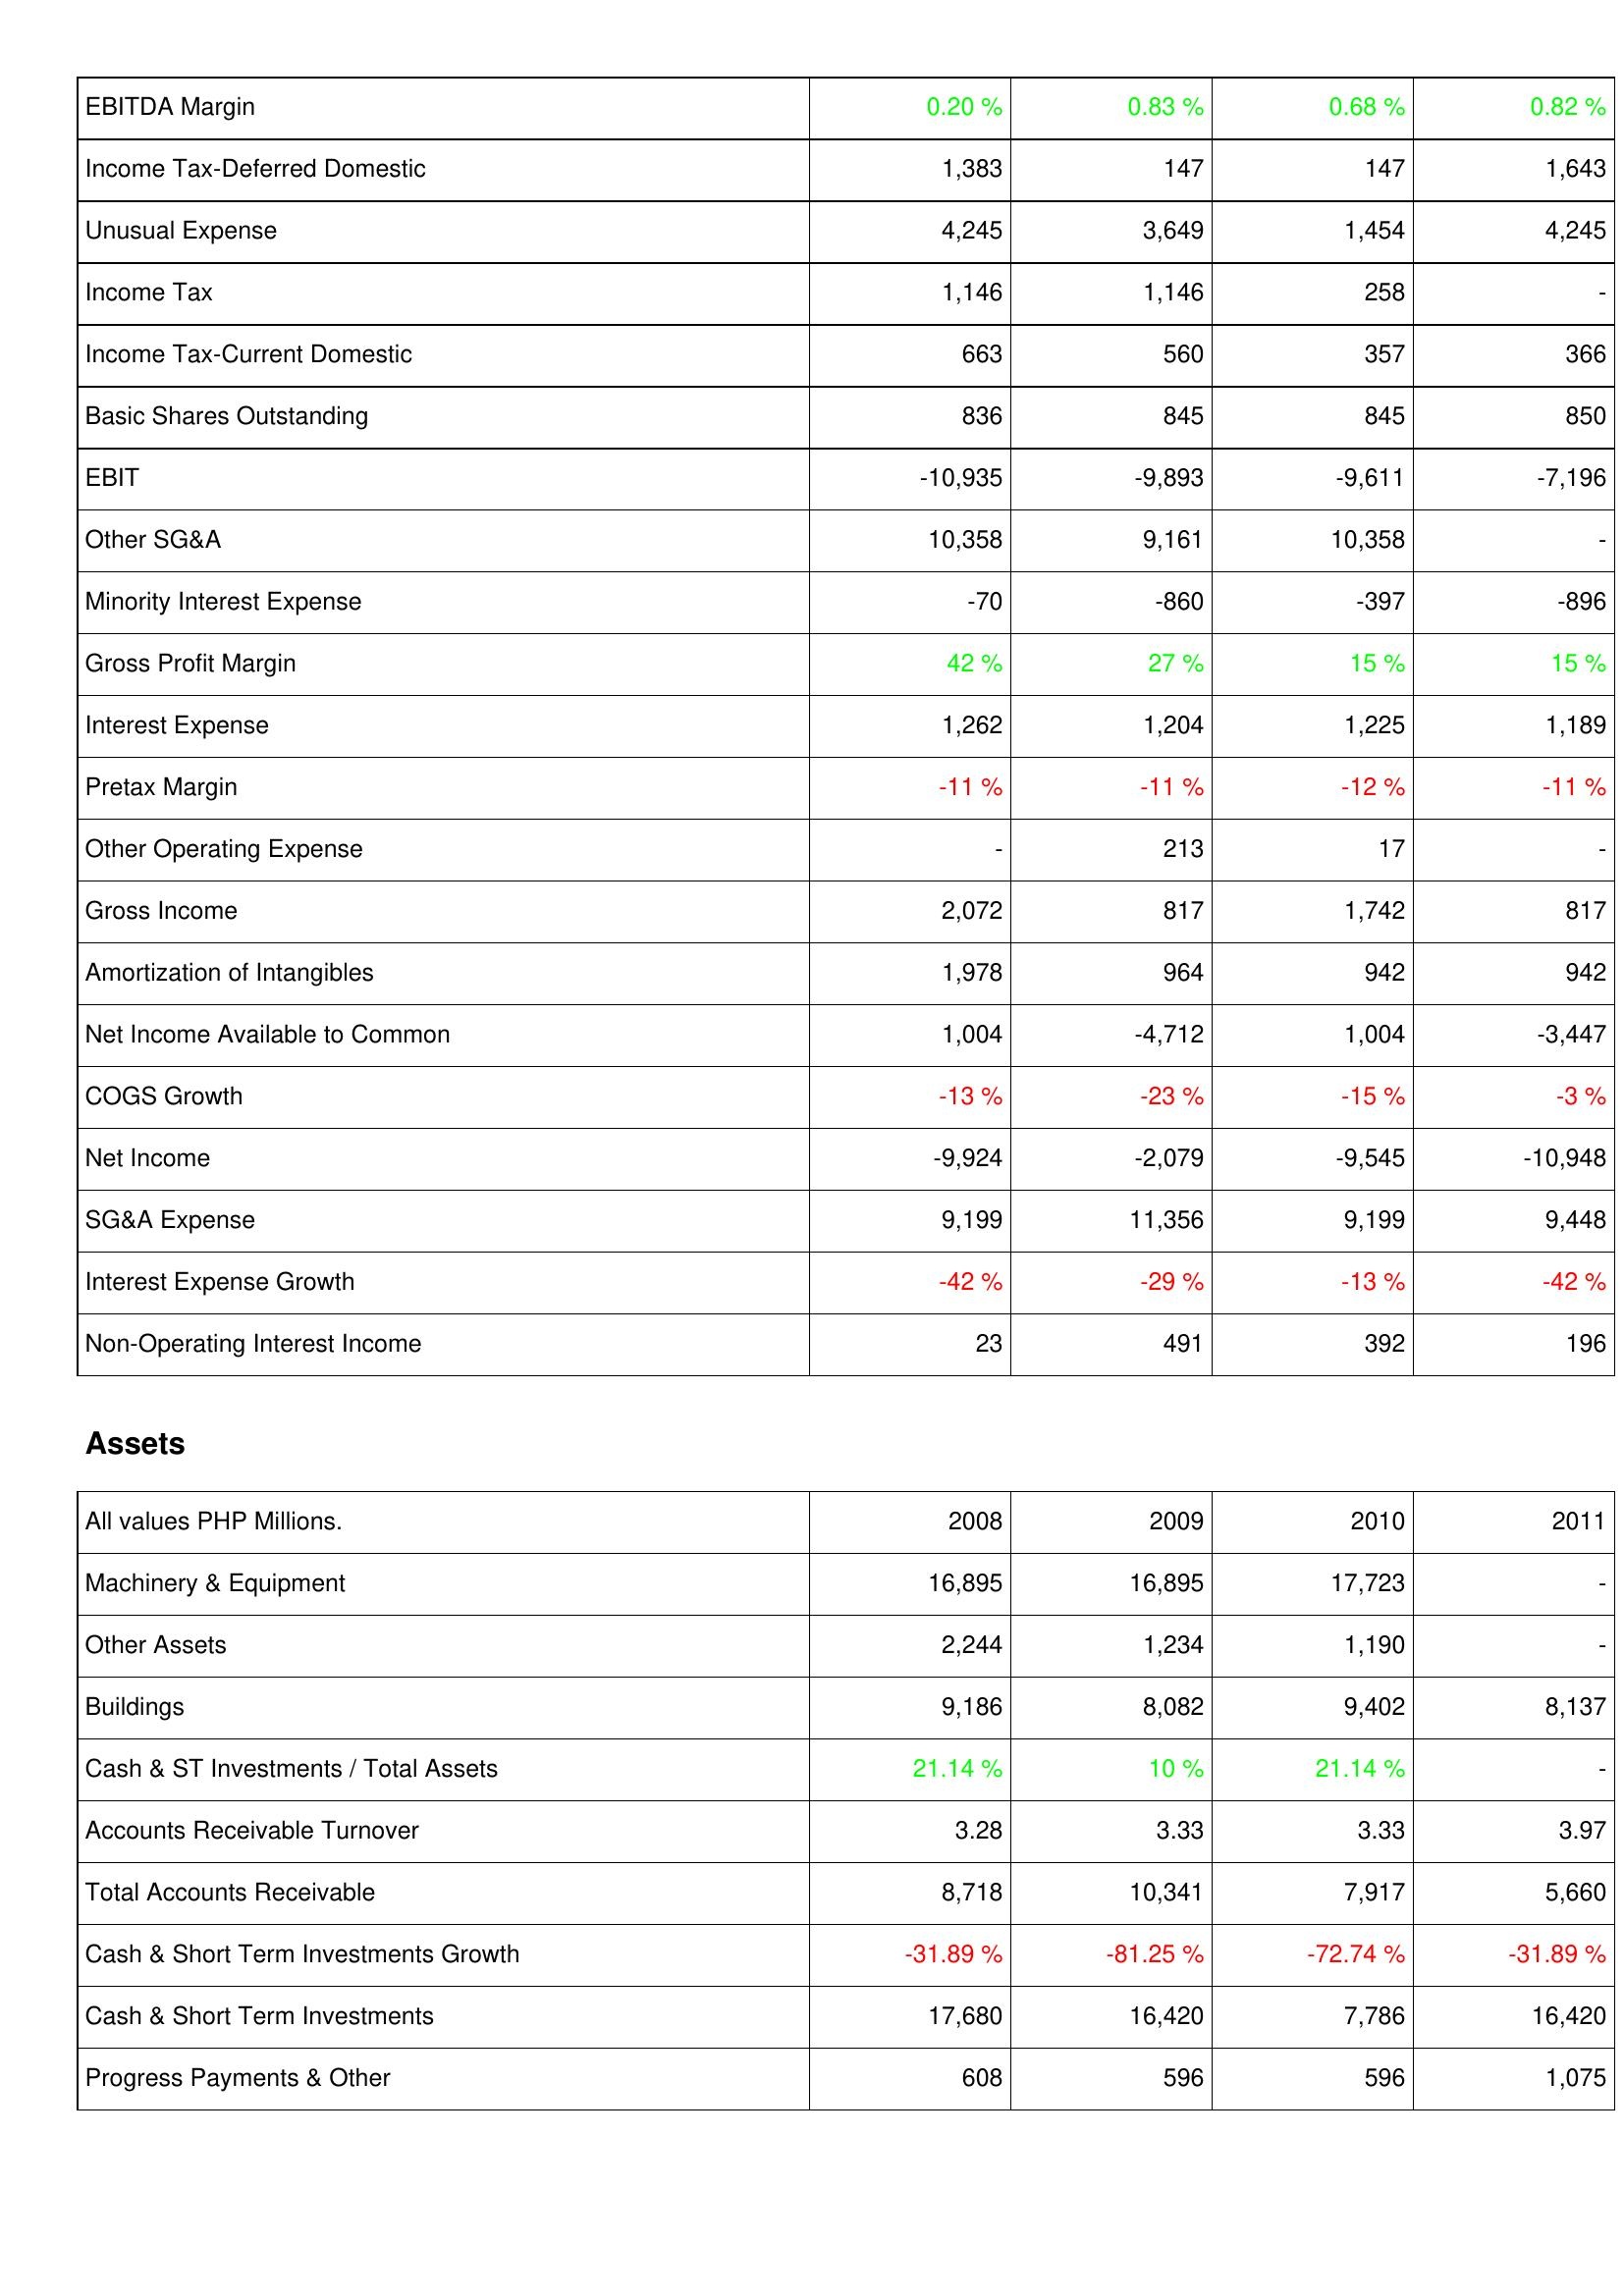
2008: Income Statement: EBITDA Margin: 0.20 %
Income Tax-Deferred Domestic: 1,383
Unusual Expense: 4,245
Income Tax: 1,146
Income Tax-Current Domestic: 663
Basic Shares Outstanding: 836
EBIT: -10,935
Other SG&A: 10,358
Minority Interest Expense: -70
Gross Profit Margin: 42 %
Interest Expense: 1,262
Pretax Margin: -11 %
Other Operating Expense: -
Gross Income: 2,072
Amortization of Intangibles: 1,978
Net Income Available to Common: 1,004
COGS Growth: -13 %
Net Income: -9,924
SG&A Expense: 9,199
Interest Expense Growth: -42 %
Non-Operating Interest Income: 23
Assets: Machinery & Equipment: 16,895
Other Assets: 2,244
Buildings: 9,186
Cash & ST Investments / Total Assets: 21.14 %
Accounts Receivable Turnover: 3.28
Total Accounts Receivable: 8,718
Cash & Short Term Investments Growth: -31.89 %
Cash & Short Term Investments: 17,680
Progress Payments & Other: 608
2009: Income Statement: EBITDA Margin: 0.83 %
Income Tax-Deferred Domestic: 147
Unusual Expense: 3,649
Income Tax: 1,146
Income Tax-Current Domestic: 560
Basic Shares Outstanding: 845
EBIT: -9,893
Other SG&A: 9,161
Minority Interest Expense: -860
Gross Profit Margin: 27 %
Interest Expense: 1,204
Pretax Margin: -11 %
Other Operating Expense: 213
Gross Income: 817
Amortization of Intangibles: 964
Net Income Available to Common: -4,712
COGS Growth: -23 %
Net Income: -2,079
SG&A Expense: 11,356
Interest Expense Growth: -29 %
Non-Operating Interest Income: 491
Assets: Machinery & Equipment: 16,895
Other Assets: 1,234
Buildings: 8,082
Cash & ST Investments / Total Assets: 10 %
Accounts Receivable Turnover: 3.33
Total Accounts Receivable: 10,341
Cash & Short Term Investments Growth: -81.25 %
Cash & Short Term Investments: 16,420
Progress Payments & Other: 596
2010: Income Statement: EBITDA Margin: 0.68 %
Income Tax-Deferred Domestic: 147
Unusual Expense: 1,454
Income Tax: 258
Income Tax-Current Domestic: 357
Basic Shares Outstanding: 845
EBIT: -9,611
Other SG&A: 10,358
Minority Interest Expense: -397
Gross Profit Margin: 15 %
Interest Expense: 1,225
Pretax Margin: -12 %
Other Operating Expense: 17
Gross Income: 1,742
Amortization of Intangibles: 942
Net Income Available to Common: 1,004
COGS Growth: -15 %
Net Income: -9,545
SG&A Expense: 9,199
Interest Expense Growth: -13 %
Non-Operating Interest Income: 392
Assets: Machinery & Equipment: 17,723
Other Assets: 1,190
Buildings: 9,402
Cash & ST Investments / Total Assets: 21.14 %
Accounts Receivable Turnover: 3.33
Total Accounts Receivable: 7,917
Cash & Short Term Investments Growth: -72.74 %
Cash & Short Term Investments: 7,786
Progress Payments & Other: 596
2011: Income Statement: EBITDA Margin: 0.82 %
Income Tax-Deferred Domestic: 1,643
Unusual Expense: 4,245
Income Tax: -
Income Tax-Current Domestic: 366
Basic Shares Outstanding: 850
EBIT: -7,196
Other SG&A: -
Minority Interest Expense: -896
Gross Profit Margin: 15 %
Interest Expense: 1,189
Pretax Margin: -11 %
Other Operating Expense: -
Gross Income: 817
Amortization of Intangibles: 942
Net Income Available to Common: -3,447
COGS Growth: -3 %
Net Income: -10,948
SG&A Expense: 9,448
Interest Expense Growth: -42 %
Non-Operating Interest Income: 196
Assets: Machinery & Equipment: -
Other Assets: -
Buildings: 8,137
Cash & ST Investments / Total Assets: -
Accounts Receivable Turnover: 3.97
Total Accounts Receivable: 5,660
Cash & Short Term Investments Growth: -31.89 %
Cash & Short Term Investments: 16,420
Progress Payments & Other: 1,075